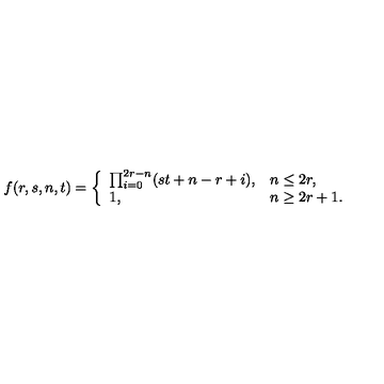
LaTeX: f ( r , s , n , t ) = \left\{ \begin{array} { l l } { \prod _ { i = 0 } ^ { 2 r - n } ( s t + n - r + i ) , } & { n \leq 2 r , } \\ { 1 , } & { n \geq 2 r + 1 . } \\ \end{array} \right.